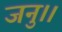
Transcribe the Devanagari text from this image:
जनु।।